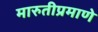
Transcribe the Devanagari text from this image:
मारुतीप्रमाणे